Annual administration report of the Civil Veterinary Department of India - 1907-1908
Year: 1907
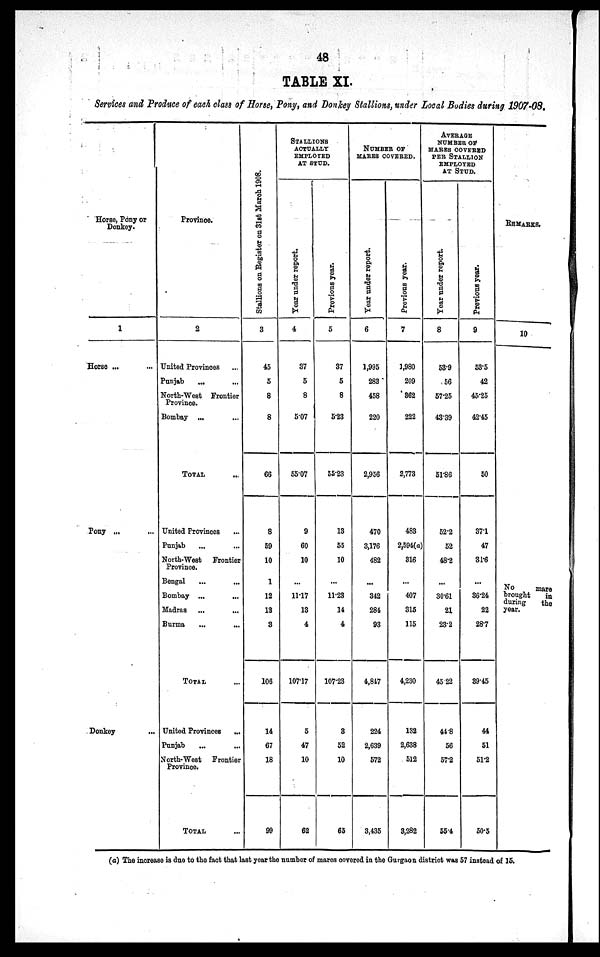
48
TABLE XI.
Services and Produce of each class of Horse, Pony, and Donkey Stallions, under Local Bodies during 1907-08.
Horse, Pony or
Donkey.
1
Horse ... ...
Pony ... ...
Donkey ...
Province.
2
United Provinces ...
Punjab ... ...
North-West Frontier
Province.
Bombay ...
TOTAL ...
United Provinces ...
Punjab ... ...
North-West
Frontier
Province.
Bengal ... ...
Bombay ... ...
Madras ... ...
Burma ... ...
TOTAL ...
United Provinces
...
Punjab ... ...
North-West
Frontier
Province.
TOTAL ...
Stallions on Re g i s t e r on 31st March 1908.
3
45
5
8
8
66
8
59
10
1
12
13
3
106
14
67
18
99
STALLIONS
ACTUALLY
EMPLOYED
AT STUD.
Year
under report.
4
37
5
8
5.07
55.07
9
60
10
...
11.17
13
4
107.17
5
47
10
62
Previous year.
5
37
5
8
5.23
55.23
13
55
10
...
11.23
14
4
107.23
3
52
10
65
NUMBER OF
MARES COVERED.
Year
under report.
6
1,995
283
458
220
2,956
470
3,176
482
...
342
284
93
4,847
224
2,639
572
3,435
Previous year.
7
1,980
209
362
222
2,773
483
2,594(a)
316
...
407
315
115
4,230
132
2,638
512
3,282
AVERAGE
NUMBER OF
MARES COVERED
PER STALLION
EMPLOYED
AT STUD.
Year
under report.
8
53.9
56
57.25
43.39
51.86
52.2
52
48.2
...
30.61
21
23.2
45.22
44.8
56
57.2
55.4
Previous year.
9
53.5
42
45.25
42.45
50
37.1
47
31.6
...
36.24
22
28.7
39.45
44
51
51.2
50.5
REMARKS.
10
No
mare
brought
in
during
the
year.
(a) The increase is due to the fact that last year the number of mares covered in the Gurgaon district was 57 instead of 15.